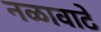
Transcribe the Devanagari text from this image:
नळावाटे